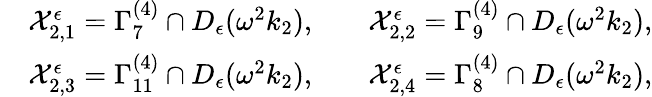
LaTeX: \begin{array}{rlrl}&{\mathcal{X}_{2,1}^{\epsilon}=\Gamma_{7}^{(4)}\cap D_{\epsilon}(\omega^{2}k_{2}),}&&{\mathcal{X}_{2,2}^{\epsilon}=\Gamma_{9}^{(4)}\cap D_{\epsilon}(\omega^{2}k_{2}),}\\ &{\mathcal{X}_{2,3}^{\epsilon}=\Gamma_{11}^{(4)}\cap D_{\epsilon}(\omega^{2}k_{2}),}&&{\mathcal{X}_{2,4}^{\epsilon}=\Gamma_{8}^{(4)}\cap D_{\epsilon}(\omega^{2}k_{2}),}\end{array}